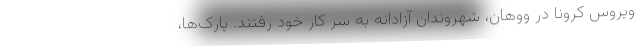
ویروس کرونا در ووهان، شهروندان آزادانه به سر کار خود رفتند. پارک‌ها،